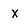
Character: x